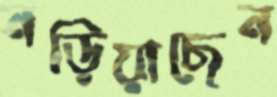
নড়িয়াছেন